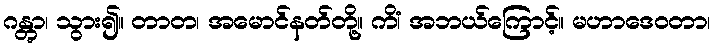
ဂန္တွာ၊ သွား၍။ တာတ၊ အမောင်နတ်တို့။ ကိံ၊ အဘယ်ကြောင့်။ မဟာဒေဝတာ၊